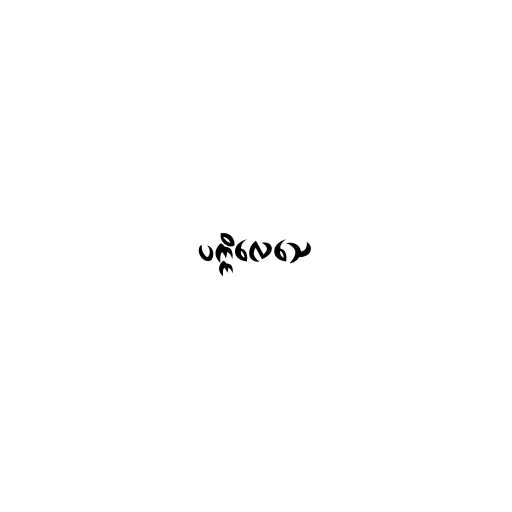
ပက္ကိလေသေ